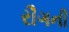
રૌગની